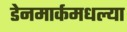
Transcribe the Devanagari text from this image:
डेनमार्कमधल्या